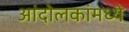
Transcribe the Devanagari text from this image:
आंदोलकांमध्ये